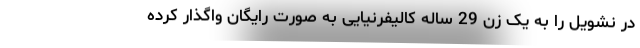
در نشویل را به یک زن 29 ساله کالیفرنیایی به صورت رایگان واگذار کرده